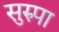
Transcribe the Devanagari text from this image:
सुरुपा